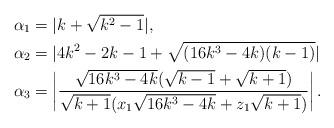
LaTeX: \begin{align*}\alpha_1 &= |k+\sqrt{k^2-1}|, \\\alpha_2 &= |4k^2-2k-1+\sqrt{(16k^3-4k)(k-1)}| \\\alpha_3 &= \left|\frac{\sqrt{16k^3-4k}(\sqrt{k-1}+\sqrt{k+1})}{\sqrt{k+1}(x_1\sqrt{16k^3-4k}+z_1\sqrt{k+1})}\right|.\end{align*}